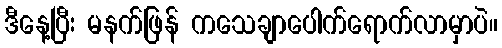
ဒီနေ့ပြီး မနက်ဖြန် ကသေချာပေါက်ရောက်လာမှာပဲ။